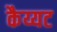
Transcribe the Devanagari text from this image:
कैय्यट